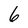
Character: 6